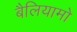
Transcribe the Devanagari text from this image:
बैलियामो